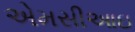
એમસીઆઇ